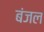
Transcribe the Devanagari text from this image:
बंजल